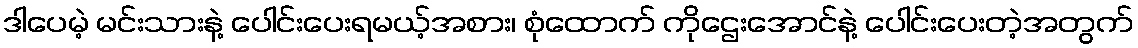
ဒါပေမဲ့ မင်းသားနဲ့ ပေါင်းပေးရမယ့်အစား၊ စုံထောက် ကိုဌေးအောင်နဲ့ ပေါင်းပေးတဲ့အတွက်